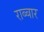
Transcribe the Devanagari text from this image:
राब्बार